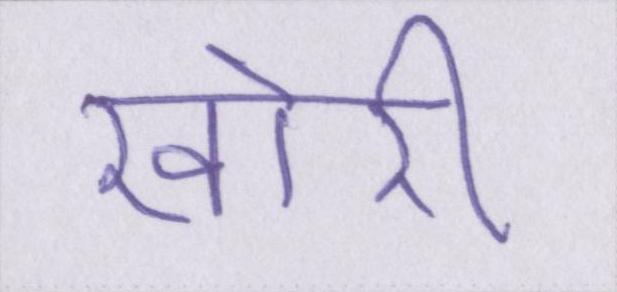
खोरी